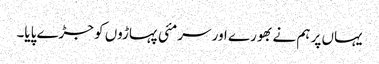
یہاں پر ہم نے بھورے اور سرمئی پہاڑوں کو جڑے پایا۔